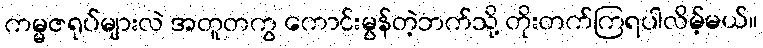
ကမ္မဇရုပ်များလဲ အတူတကွ ကောင်းမွန်တဲ့ဘက်သို့ တိုးတက်ကြရပါလိမ့်မယ်။